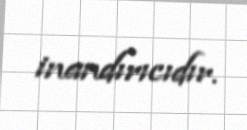
inandırıcıdır.